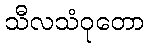
သီလသံဝုတော